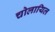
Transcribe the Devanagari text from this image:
चोलायिल